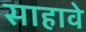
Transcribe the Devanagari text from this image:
साहावे